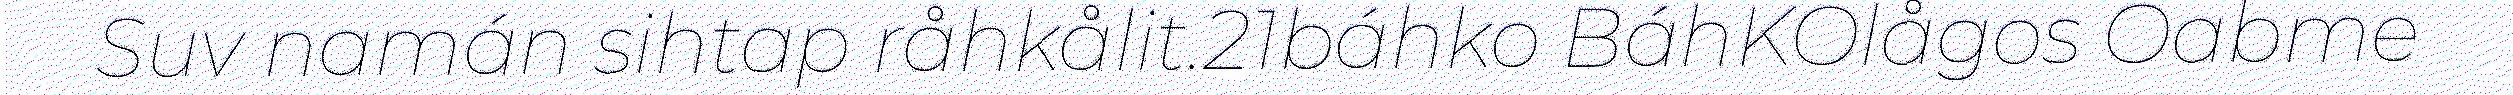
Suv namán sihtap råhkålit.21báhko BáhKOlågos Oabme